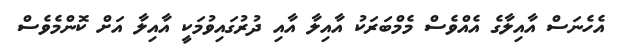
އެހެނަސް އާއިލާގެ އެއްވެސް މެމްބަރަކު އާއިލާ އާއި ދުރުގައިވުމަކީ އާއިލާ އަށް ކޮންމެވެސް